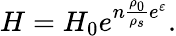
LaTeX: H=H_{0}e^{n\frac{\rho_{0}}{\rho_{s}}e^{\varepsilon}}.